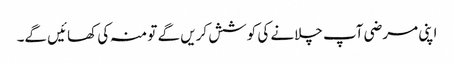
اپنی مرضی آپ چلانے کی کوشش کریں گے تو منہ کی کھائیں گے۔